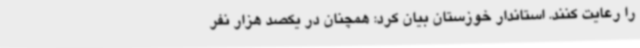
را رعایت کنند. استاندار خوزستان بیان کرد: همچنان در یکصد هزار نفر